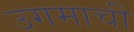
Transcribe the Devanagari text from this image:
उगमाची